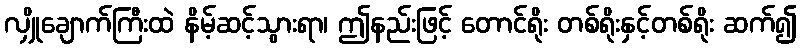
လျှိုချောက်ကြီးထဲ နိမ့်ဆင့်သွားရာ၊ ဤနည်းဖြင့် တောင်ရိုး တစ်ရိုးနှင့်တစ်ရိုး ဆက်၍